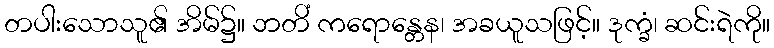
တပါးသောသူ၏ အိမ်၌။ ဘတိံ ကရောန္တေန၊ အခယူသဖြင့်။ ဒုက္ခံ၊ ဆင်းရဲကို။